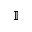
\mathbb { I }